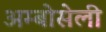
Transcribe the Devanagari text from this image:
अम्बोसेली